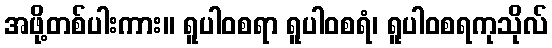
အဖို့တစ်ပါးကား။ ရူပါဝစရာ ရူပါဝစရံ၊ ရူပါဝစရကုသိုလ်